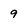
Character: 9